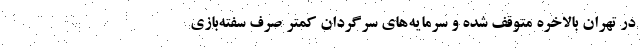
در تهران بالاخره متوقف شده و سرمایه‌های سرگردان کمتر صرف سفته‌بازی